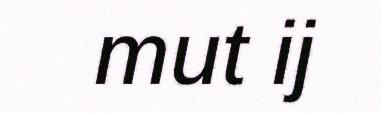
mut ij